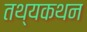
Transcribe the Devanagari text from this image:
तथ्यकथन